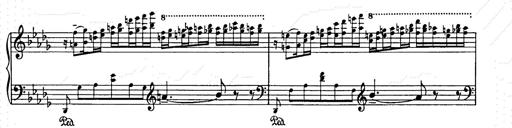
Title: Berceuse
Composer: Lucien Wurmser
Key: A major